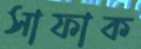
সাফাক